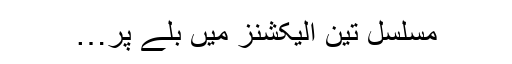
مسلسل تین الیکشنز میں بلے پر…